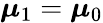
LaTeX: {\boldsymbol{\mu}}_{1}={\boldsymbol{\mu}}_{0}